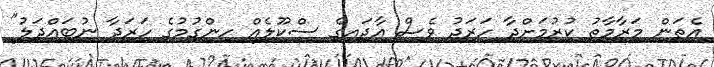
އެތަން މަރާމާތު ކުރުމަށްދާ ހަރަދު ވެސް އާދައިގެ ސްކޫލެއް ހިންގުމުގެ ހަރަދާ ނުބައްދަލު"